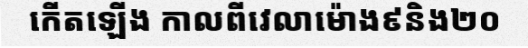
កើតឡើង កាលពីវេលាម៉ោង៩និង២០